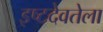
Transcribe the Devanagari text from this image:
इष्टदेवतेला